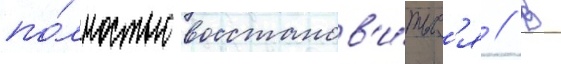
по́лностью восстанов'и́тьс'я // В